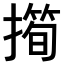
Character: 𢵀